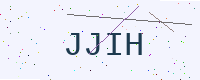
Text: JJIH